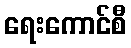
ရေးကောင်စီ